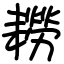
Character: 耮